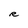
Character: R